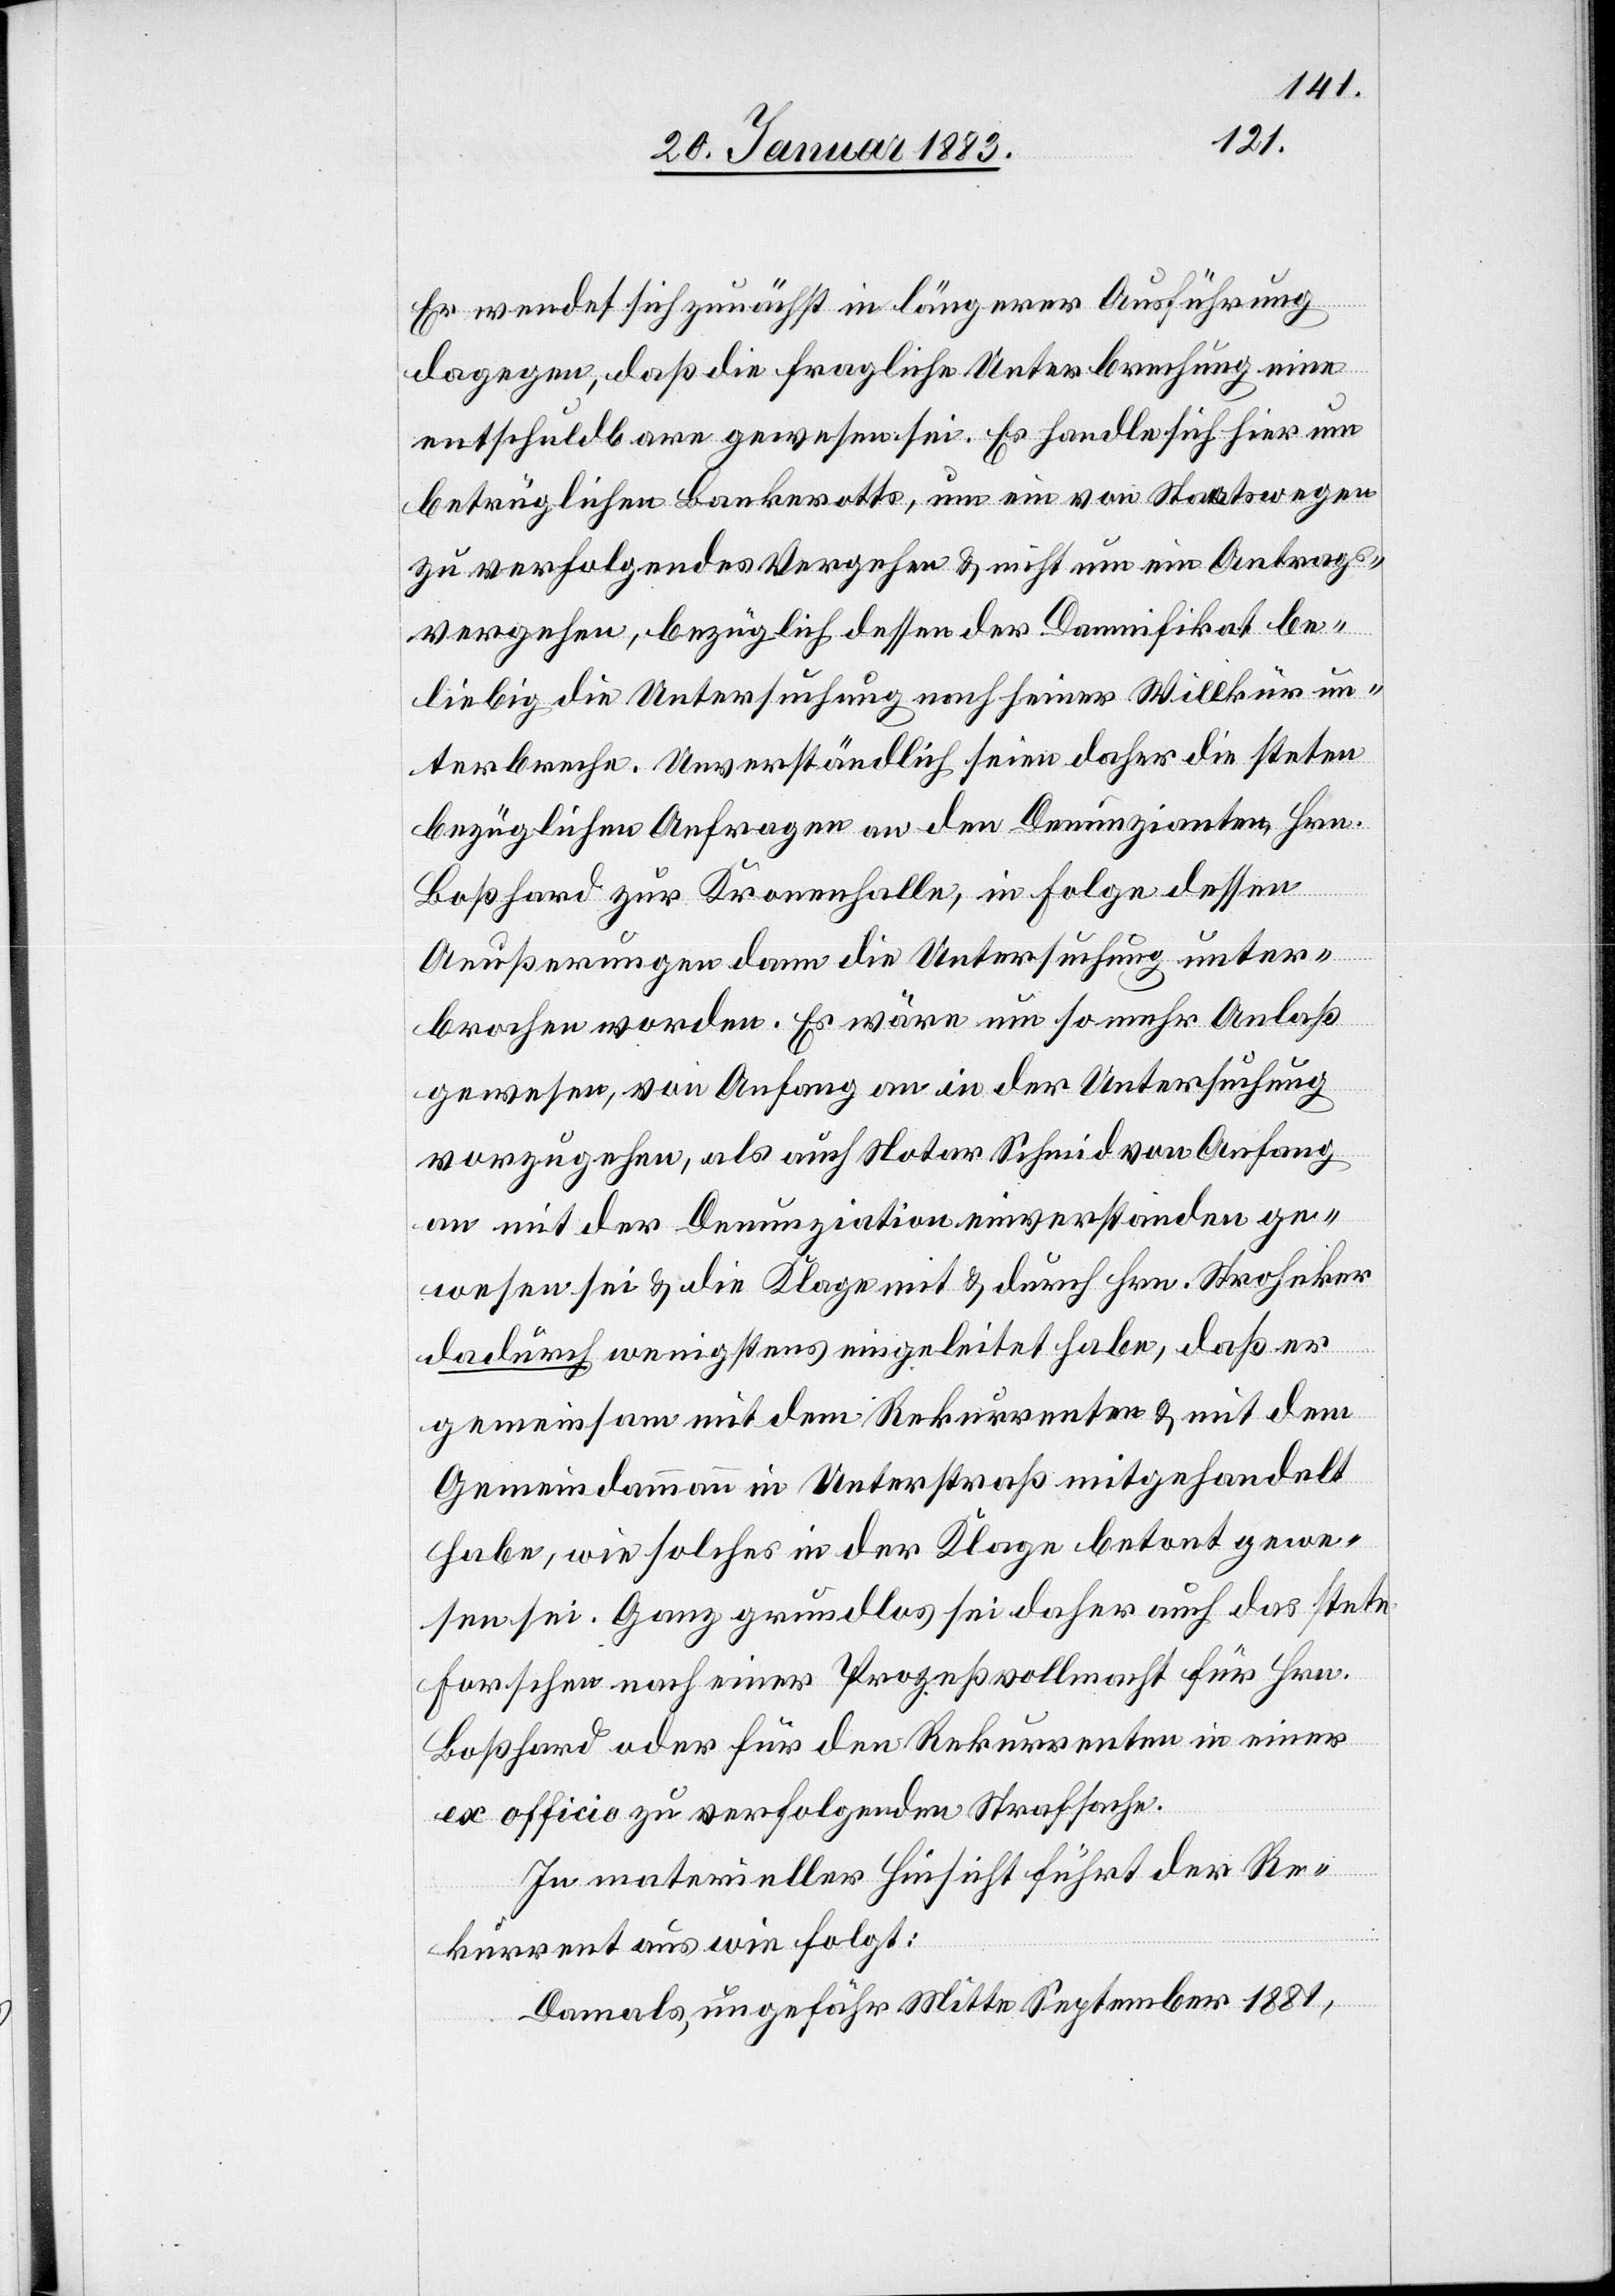
Er wendet sich zunächst in längerer Ausführung
dagegen, daß die fragliche Unterbrechung eine
entschuldbare gewesen sei. Es handelt sich hier um
betrüglichen Bankerotts, um ein von Staatswegen
zu verfolgendes Vergehen & nicht um ein Antrags¬
vergehen, bezüglich dessen der Damnifikat be¬
liebig die Untersuchung nach seiner Willkür un¬
terbreche. Unverständlich seien daher die steten
bezüglichen Anfragen an den Denunzianten, Hrn.
Boßhard zur Kronenhalle, in Folge dessen
Aeußerungen dann die Untersuchung unter¬
brochen worden. Es wäre um so mehr Anlaß
gewesen, von Anfang an in der Untersuchung
vorzugehen, als auch Notar Schmid von Anfang
an mit der Denunziation einverstanden ge¬
wesen sei & die Klage mit & durch Hrn. Stroheker
dadurch wenigstens eingeleitet habe, daß er
gemeinsam mit dem Rekurrenten & mit dem
Gemeindammann in Unterstraß mitgehandelt
habe, wie solches in der Klage betont gewe¬
sen sei. Ganz grundlos sei daher auch das stete
Forschen nach einer Prozeßvollmacht für Hrn.
Boßhard oder für den Rekurrenten in einer
ex officio zu verfolgenden Strafsache.
In materieller Hinsicht führt der Re¬
kurrent aus wie folgt:
Damals, ungefähr Mitte September 1881,